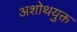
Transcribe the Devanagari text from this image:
अशोथयुक्त